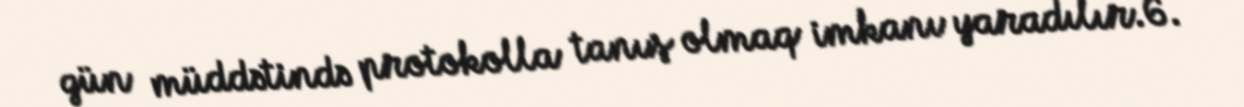
gün müddətində protokolla tanış olmaq imkanı yaradılır.6.